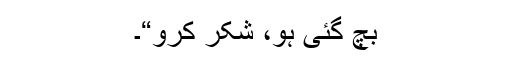
بچ گئی ہو، شکر کرو“۔